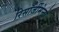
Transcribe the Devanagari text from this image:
रिसॉर्जीमेन्टो